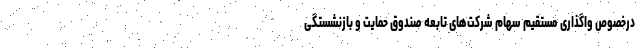
درخصوص واگذاری مستقیم سهام شرکت‌های تابعه صندوق حمایت و بازنشستگی